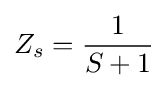
Z_{s}={\frac {1}{S+1}}